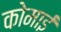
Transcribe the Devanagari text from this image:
कोमाई